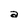
Character: a